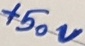
Text: +50V